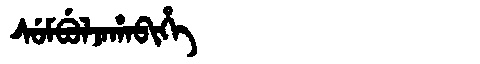
Manchu: ᠰᡠᠮᠪᡠᠯᠵᠠᡥᠠᠪᡳᡥᡝ
Romanization: SUMBULJAHABIHE